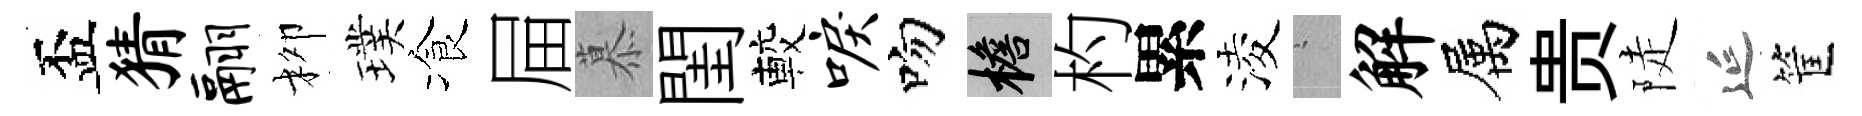
盃猜翮柳璞飡屇慕閨較唳吻檐杓累淩搖解属贵陡延筐